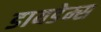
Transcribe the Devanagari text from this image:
डायडेम्स